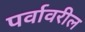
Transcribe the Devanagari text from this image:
पर्वावरील